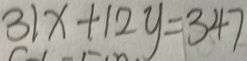
3 1 x + 1 2 y = 3 4 7